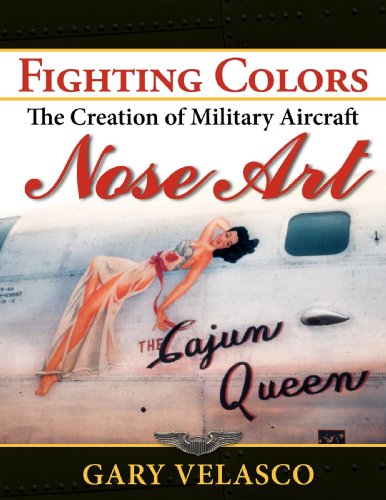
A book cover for Fighting Colors: The Creation of Military Aircraft Nose Art; Gary Velasco; Crafts, Hobbies & Home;